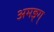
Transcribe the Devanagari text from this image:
अमङ्ग्